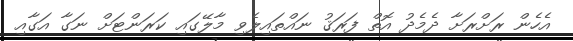
އެހެން ރަށްރަށާ ދެމެދު އޮތް ފަރަޤު ނައްތައިލެވި މާލޭގައި ކަރަންޓަށް ނަގާ އަގާއި